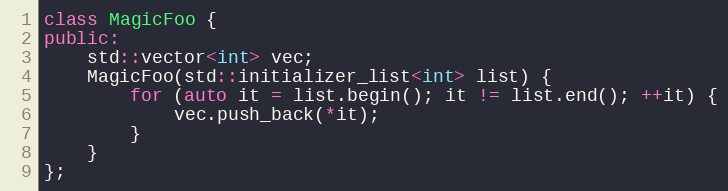
Language: C++
class MagicFoo {
public:
    std::vector<int> vec;
    MagicFoo(std::initializer_list<int> list) {
        for (auto it = list.begin(); it != list.end(); ++it) {
            vec.push_back(*it);
        }
    }
};